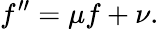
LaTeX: f^{\prime\prime}=\mu f+\nu.